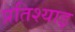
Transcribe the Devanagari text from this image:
प्रतिश्याइ